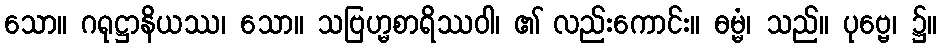
သော။ ဂရုဋ္ဌာနိယဿ၊ သော။ သဗြဟ္မစာရိဿဝါ၊ ၏ လည်းကောင်း။ ဓမ္မံ၊ သည်။ ပုဗ္ဗေ၊ ၌။